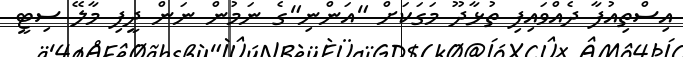
އިސްތިއުފާ ދެއްވައިފި ތުޅާދޫ މަގަަކަށް "އަންނި"ގެ ނަމުން ނަން ދީފި މާލޭ ސިޓީ